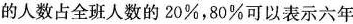
的人数占全班人数的20%，80%可以表示六年